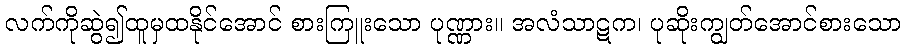
လက်ကိုဆွဲ၍ထူမှထနိုင်အောင် စားကြူးသော ပုဏ္ဏား။ အလံသာဋက၊ ပုဆိုးကျွတ်အောင်စားသော